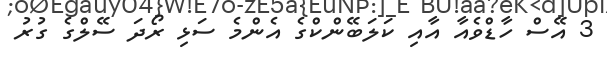
3 އޭސް ހާޑްވެއާ އާއި ކަލަބޭންކްގެ އެންމެ ސަޅި ރޯދަ ސޭލްގެ ގުރު